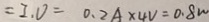
= I , V = 0 . 2 A \times 4 V = 0 . 8 w